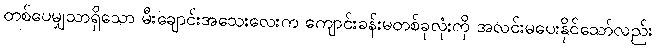
တစ်ပေမျှသာရှိသော မီးချောင်းအသေးလေးက ကျောင်းခန်းမတစ်ခုလုံးကို အလင်းမပေးနိုင်သော်လည်း